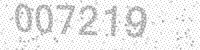
Solution: 007219